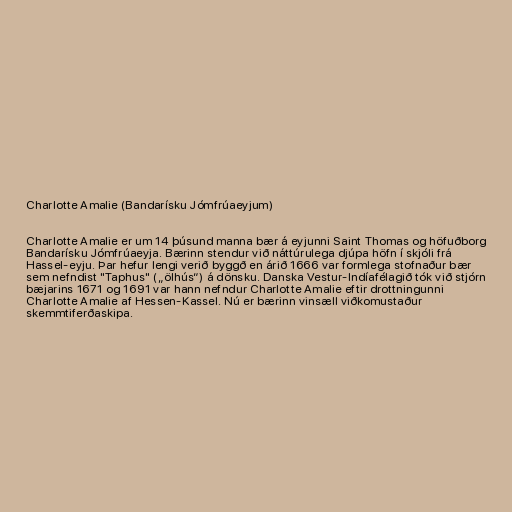
Charlotte Amalie (Bandarísku Jómfrúaeyjum)

Charlotte Amalie er um 14 þúsund manna bær á eyjunni Saint Thomas og höfuðborg
Bandarísku Jómfrúaeyja. Bærinn stendur við náttúrulega djúpa höfn í skjóli frá
Hassel-eyju. Þar hefur lengi verið byggð en árið 1666 var formlega stofnaður bær
sem nefndist "Taphus" („ölhús“) á dönsku. Danska Vestur-Indíafélagið tók við stjórn
bæjarins 1671 og 1691 var hann nefndur Charlotte Amalie eftir drottningunni
Charlotte Amalie af Hessen-Kassel. Nú er bærinn vinsæll viðkomustaður
skemmtiferðaskipa.